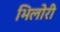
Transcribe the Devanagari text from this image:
भिलोरी